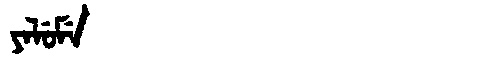
Manchu: ᠶᠠᠯᡠᠮᡝ
Romanization: YALUME